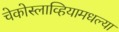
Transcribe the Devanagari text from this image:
चेकोस्लाव्हियामधल्या